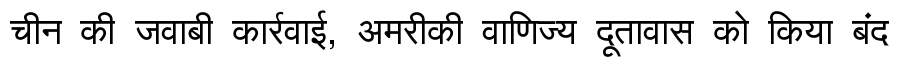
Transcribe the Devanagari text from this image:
चीन की जवाबी कार्रवाई, अमरीकी वाणिज्य दूतावास को किया बंद